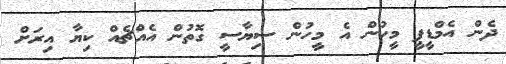
ދެން އެމްޑީޕީ މީހުން އެ މީހުން ސިޔާސީ ގޮތުން އެއްޗެއް ކިޔާ އިރަށް